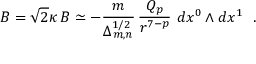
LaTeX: { \cal B } = \sqrt { 2 } \kappa \, B \simeq - \frac { m } { \Delta _ { m , n } ^ { 1 / 2 } } \, \frac { Q _ { p } } { r ^ { 7 - p } } ~ d x ^ { 0 } \wedge d x ^ { 1 } ~ ~ .